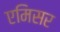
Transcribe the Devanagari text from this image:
एमिसर